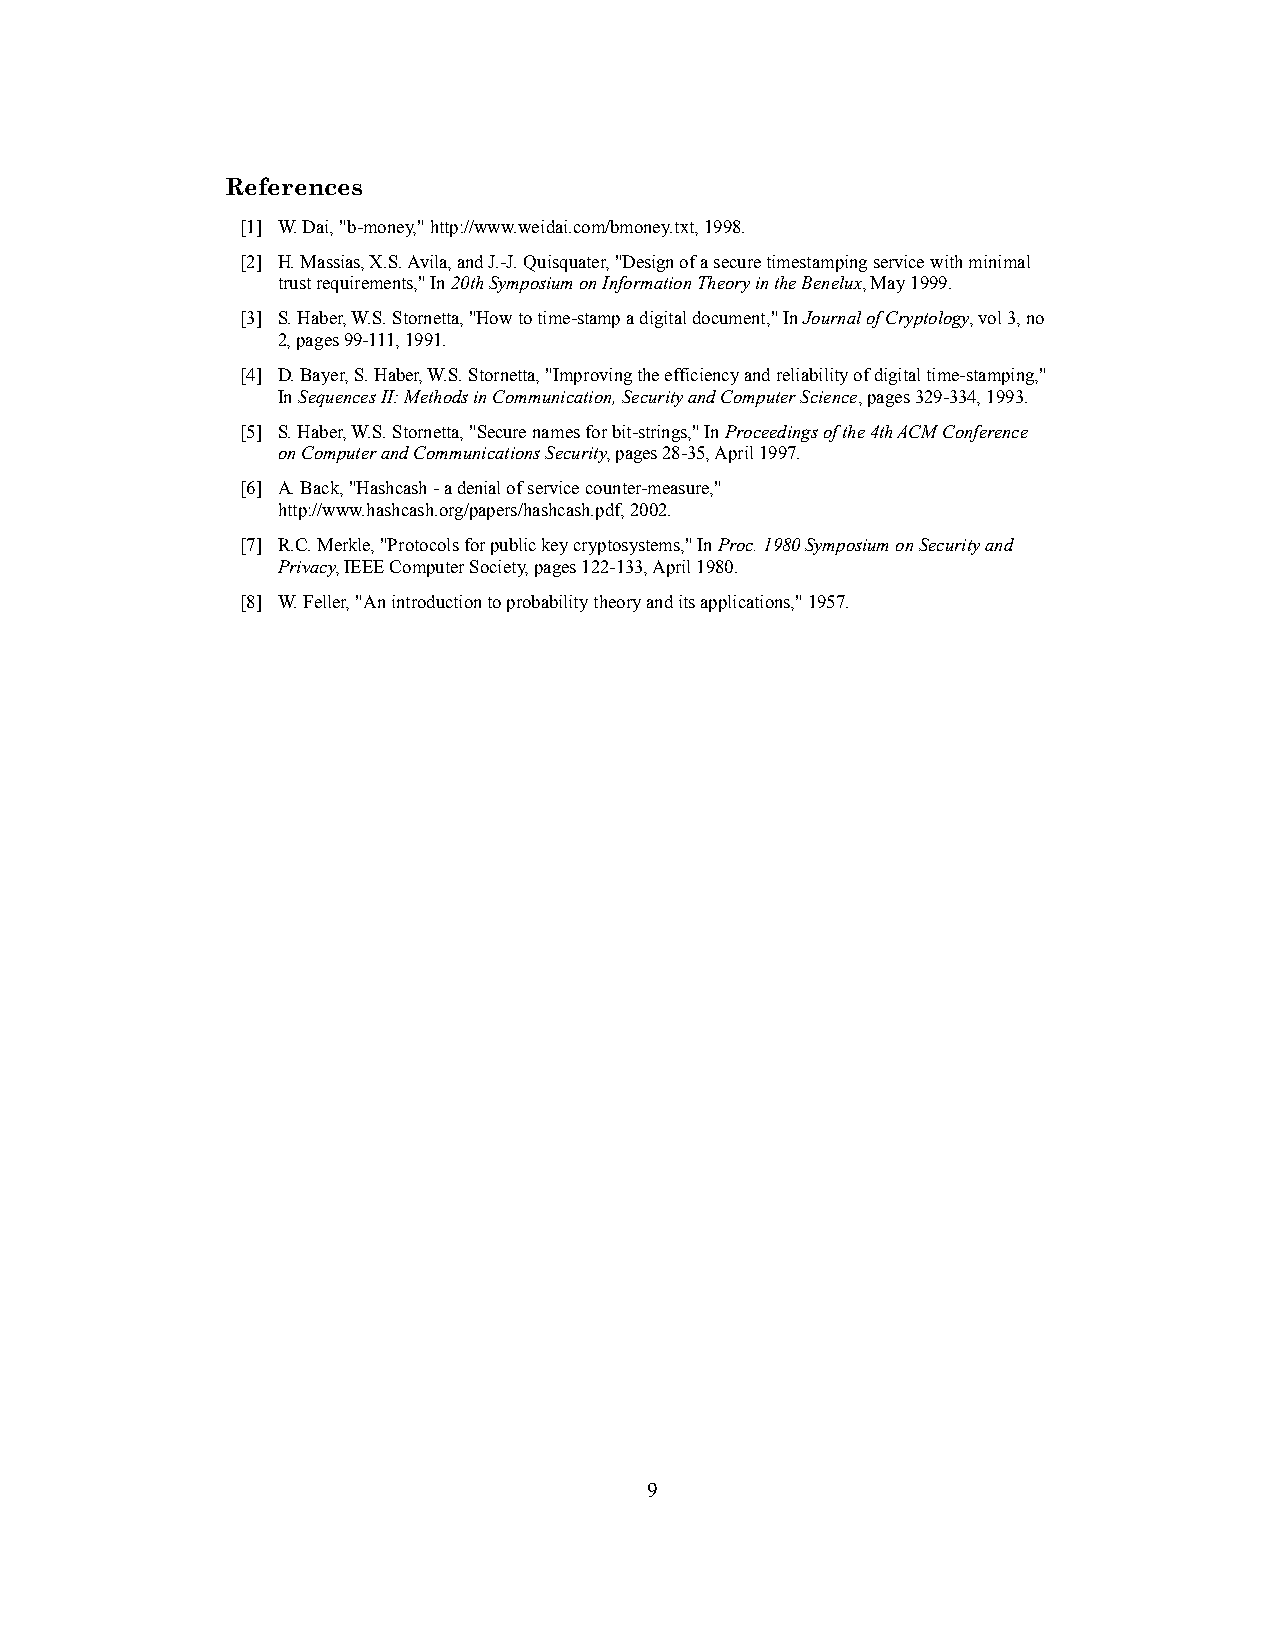
References
 [1] W. Dai, "b-money," http://www.weidai.com/bmoney.txt, 1998.
 [2] H. Massias, X.S. Avila, and J.-J. Quisquater, "Design of a secure timestamping service with minimal
 trust requirements," In 20th Symposium on Information Theory in the Benelux, May 1999.
 [3] S. Haber, W.S. Stornetta, "How to time-stamp a digital document," In Journal of Cryptology, vol 3, no
 2, pages 99-111, 1991.
 [4] D. Bayer, S. Haber, W.S. Stornetta, "Improving the efficiency and reliability of digital time-stamping,"
 In Sequences II: Methods in Communication, Security and Computer Science, pages 329-334, 1993.
 [5] S. Haber, W.S. Stornetta, "Secure names for bit-strings," In Proceedings of the 4th ACM Conference
 on Computer and Communications Security, pages 28-35, April 1997.
 [6] A. Back, "Hashcash - a denial of service counter-measure,"
 http://www.hashcash.org/papers/hashcash.pdf, 2002.
 [7] R.C. Merkle, "Protocols for public key cryptosystems," In Proc. 1980 Symposium on Security and
 Privacy, IEEE Computer Society, pages 122-133, April 1980.
 [8] W. Feller, "An introduction to probability theory and its applications," 1957.
 9